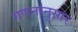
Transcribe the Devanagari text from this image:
गणनांनुसार